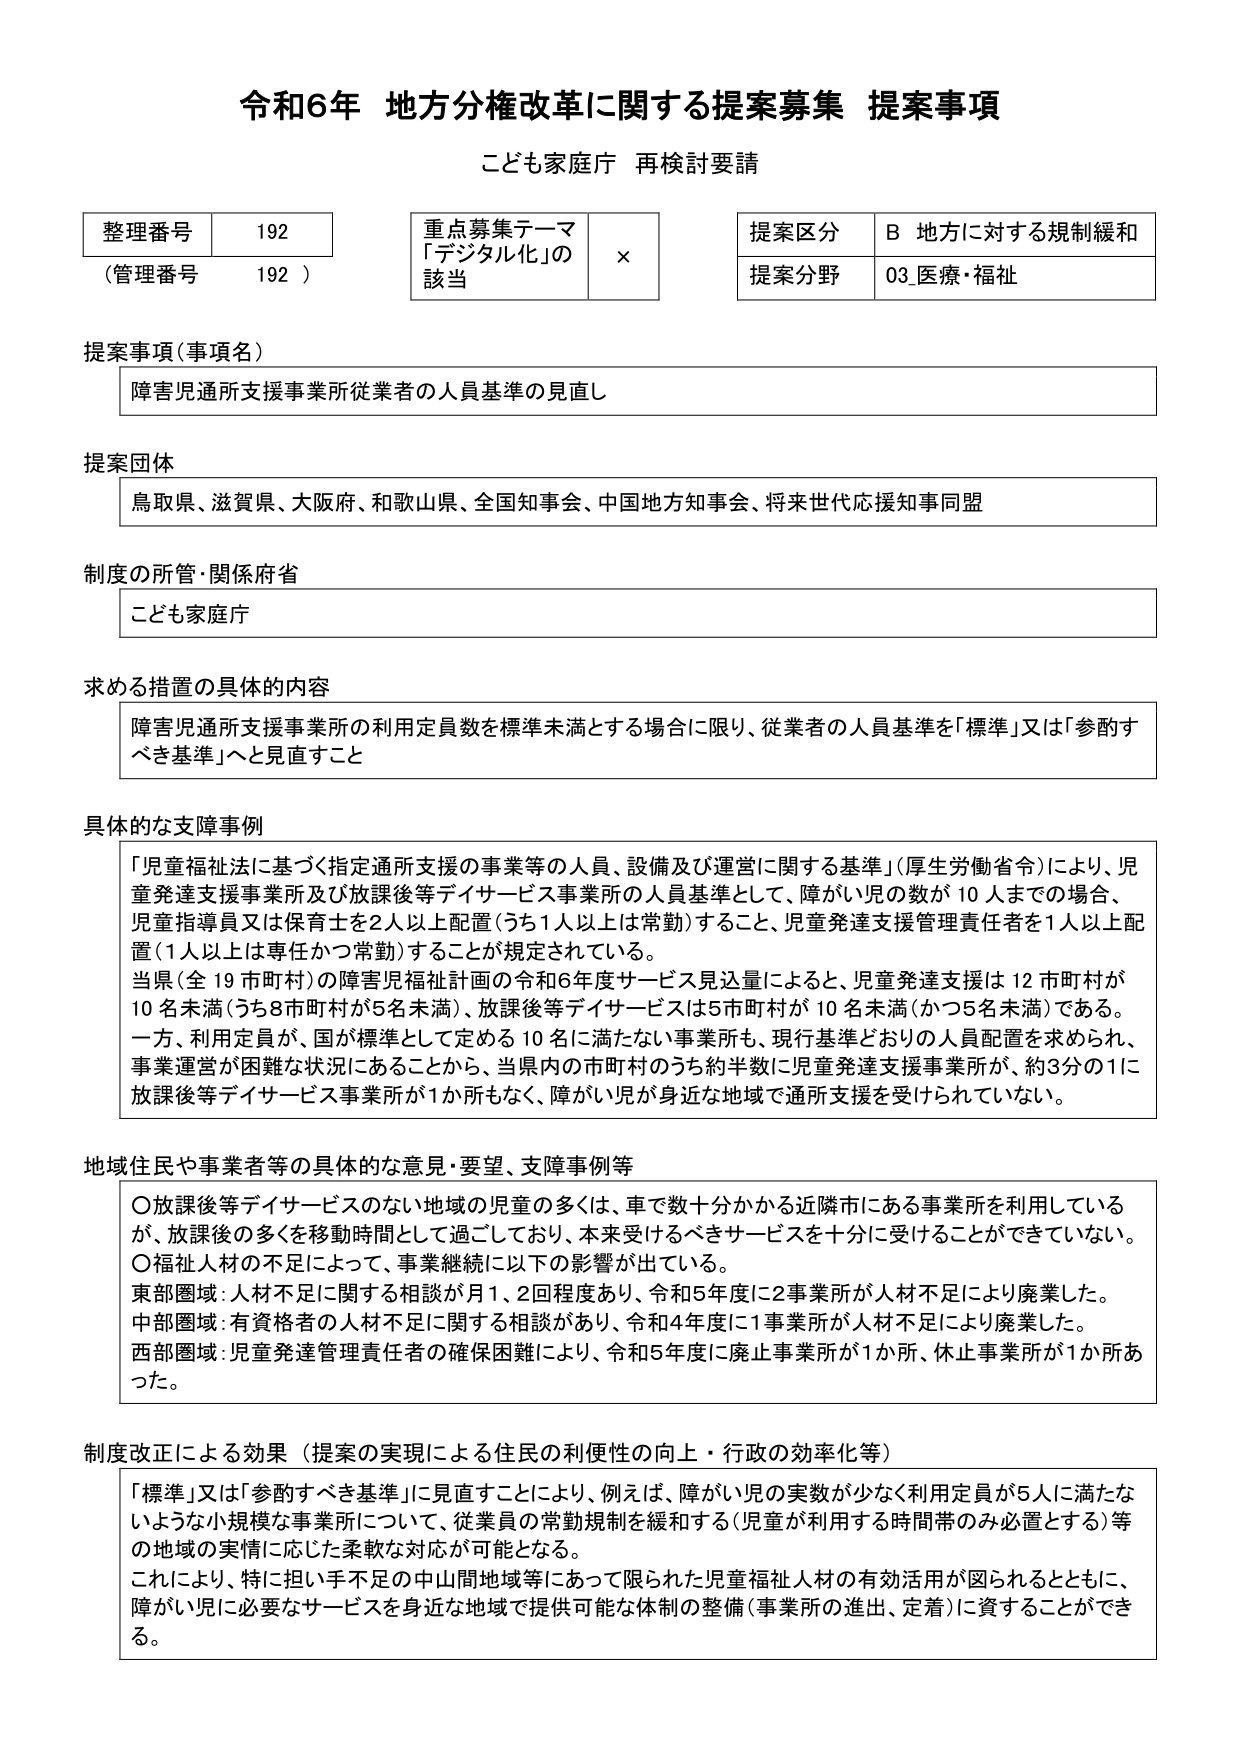
令和6年 地方分権改革に関する提案募集 提案事項
こども家庭庁 再検討要請

整理番号 192
（管理番号 192）

重点募集テーマ
「デジタル化」の
該当 ×

提案区分 B 地方に対する規制緩和
提案分野 03 医療・福祉

提案事項（事項名）
障害児通所支援事業所従業者の人員基準の見直し

提案団体
鳥取県、滋賀県、大阪府、和歌山県、全国知事会、中国地方知事会、将来世代応援知事同盟

制度の所管・関係府省
こども家庭庁

求める措置の具体的内容
障害児通所支援事業所の利用定員数を標準未満とする場合に限り、従業者の人員基準を「標準」又は「参酌すべき基準」へと見直すこと

具体的な支障事例
「児童福祉法に基づく指定通所支援の事業等の人員、設備及び運営に関する基準」（厚生労働省令）により、児童発達支援事業所及び放課後等デイサービス事業所の人員基準として、障がい児の数が10人までの場合、児童指導員又は保育士を2人以上配置（うち1人以上は常勤）すること、児童発達支援管理責任者を1人以上配置（1人以上は専任かつ常勤）することが規定されている。
当県（全19市町村）の障害児福祉計画の令和6年度サービス見込量によると、児童発達支援は12市町村が10名未満（うち8市町村が5名未満）、放課後等デイサービスは5市町村が10名未満（かつ5名未満）である。
一方、利用定員が、国が標準として定める10名に満たない事業所も、現行基準どおりの人員配置を求められ、事業運営が困難な状況にあることから、当県内の市町村のうち約半数に児童発達支援事業所が、約3分の1に放課後等デイサービス事業所が1か所もなく、障がい児が身近な地域で通所支援を受けられていない。

地域住民や事業者等の具体的な意見・要望、支障事例等
〇放課後等デイサービスのない地域の児童の多くは、車で数十分かかる近隣市にある事業所を利用しているが、放課後の多くを移動時間として過ごしており、本来受けるべきサービスを十分に受けることができていない。
〇福祉人材の不足によって、事業継続に以下の影響が出ている。
東部圏域：人材不足に関する相談が月1、2回程度あり、令和5年度に2事業所が人材不足により廃業した。
中部圏域：有資格者の人材不足に関する相談があり、令和4年度に1事業所が人材不足により廃業した。
西部圏域：児童発達管理責任者の確保困難により、令和5年度に廃止事業所が1か所、休止事業所が1か所あった。

制度改正による効果（提案の実現による住民の利便性の向上・行政の効率化等）
「標準」又は「参酌すべき基準」に見直すことにより、例えば、障がい児の実数が少なく利用定員が5人に満たないような小規模な事業所について、従業員の常勤規制を緩和する（児童が利用する時間帯のみ配置とする）等の地域の実情に応じた柔軟な対応が可能となる。
これにより、特に担い手不足の中山間地域等にあって限られた児童福祉人材の有効活用が図られるとともに、障がい児に必要なサービスを身近な地域で提供可能な体制の整備（事業所の進出、定着）に資することができる。